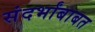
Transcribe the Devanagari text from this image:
संदर्भांबाबत